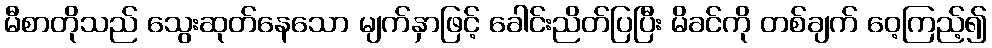
မီစာတိုသည် သွေးဆုတ်နေသော မျက်နှာဖြင့် ခေါင်းညိတ်ပြပြီး မိခင်ကို တစ်ချက် ဝေ့ကြည့်၍